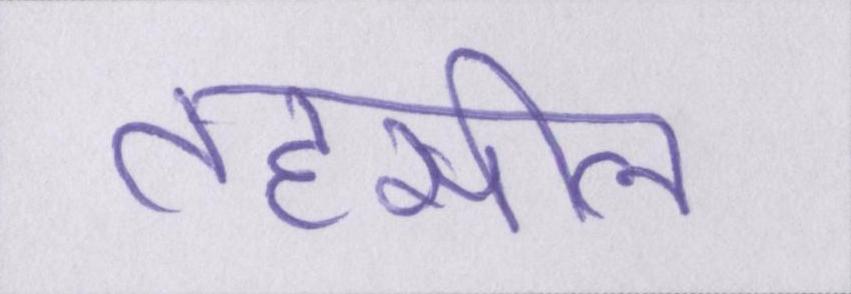
तहसील